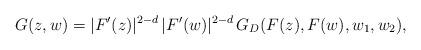
LaTeX: \begin{align*} G(z,w) = |F'(z)|^{2-d} \, |F'(w)|^{2-d} \, G_D(F(z),F(w),w_1,w_2), \end{align*}